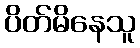
ပိတ်မိနေသူ